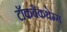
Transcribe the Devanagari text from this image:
टॉकबैकथेम्स